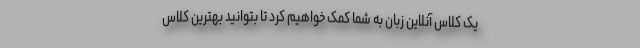
یک کلاس آنلاین زبان به شما کمک خواهیم کرد تا بتوانید بهترین کلاس